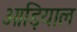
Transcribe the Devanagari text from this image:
ओड़ियाल